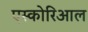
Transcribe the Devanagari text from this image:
एस्कोरिआल